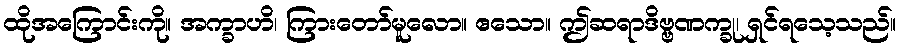
ထိုအကြောင်းကို။ အက္ခာဟိ၊ ကြားတော်မူလော။ ဧသော။ ဤဆရာဒိဗ္ဗဏက္ခု၊ ရှင်ရသေ့သည်။